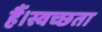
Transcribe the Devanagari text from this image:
हैं।स्वच्छता